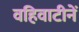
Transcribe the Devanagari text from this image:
वहिवाटीनें